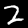
Label: 2